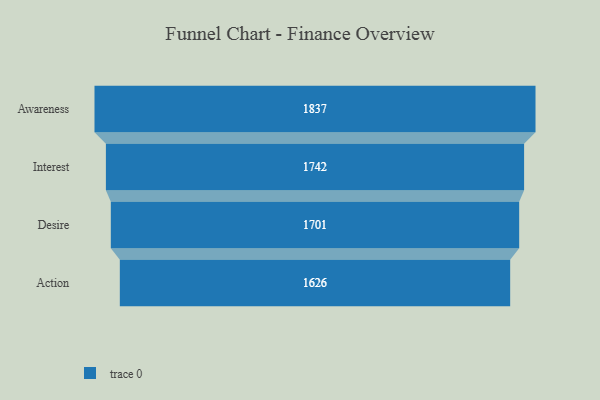
{"axis": {"x": "Stage", "y": "Value"}, "legend": [""], "data": [{"x": "Awareness", "y": 1837.0, "type": ""}, {"x": "Interest", "y": 1742.0, "type": ""}, {"x": "Desire", "y": 1701.0, "type": ""}, {"x": "Action", "y": 1626.0, "type": ""}]}